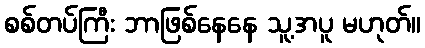
စစ်တပ်ကြီး ဘာဖြစ်နေနေ သူ့အပူ မဟုတ်။